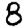
Digit: 8